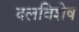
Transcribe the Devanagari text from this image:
दलविशेष